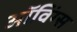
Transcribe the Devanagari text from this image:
ऑविंग्स